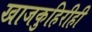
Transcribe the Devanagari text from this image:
खाजकुहिरीही